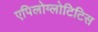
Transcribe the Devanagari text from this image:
एपिलोग्लोटिटिस